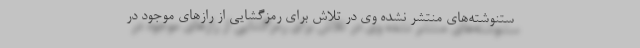
ستنوشته‌های منتشر نشده وی در تلاش برای رمزگشایی از رازهای موجود در